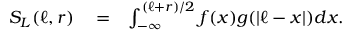
\begin{array} { r l r } { S _ { L } ( \ell , r ) } & { { } = } & { \int _ { - \infty } ^ { ( \ell + r ) / 2 } f ( x ) g ( | \ell - x | ) d x . } \end{array}